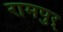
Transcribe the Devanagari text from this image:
रामपुर्